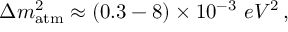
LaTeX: \Delta m _ { \mathrm { { a t m } } } ^ { 2 } \approx ( 0 . 3 - 8 ) \times 1 0 ^ { - 3 } \, \, { e V ^ { 2 } } \, ,